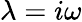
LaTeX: \lambda=i\omega